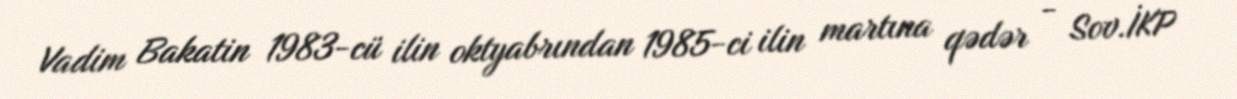
Vadim Bakatin 1983-cü ilin oktyabrından 1985-ci ilin martına qədər - Sov.İKP